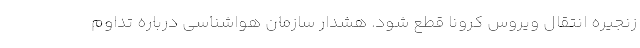
زنجیره انتقال ویروس کرونا قطع شود. هشدار سازمان هواشناسی درباره تداوم